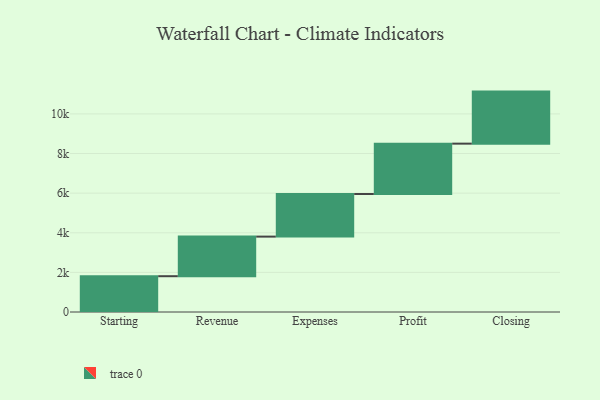
{"axis": {"x": "Step", "y": "Value"}, "legend": [""], "data": [{"x": "Starting", "y": 1807.0, "type": ""}, {"x": "Revenue", "y": 1999.0, "type": ""}, {"x": "Expenses", "y": 2150.0, "type": ""}, {"x": "Profit", "y": 2543.0, "type": ""}, {"x": "Closing", "y": 2627.0, "type": ""}]}